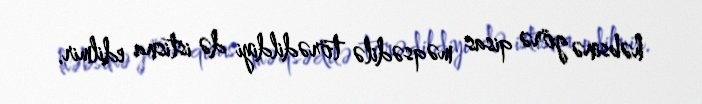
həbsinə görə qisas məqsədilə törədildiyi də istisna edilmir.